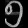
Digit: ၅